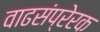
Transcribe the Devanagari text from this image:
वाढसंप्रेरक